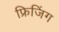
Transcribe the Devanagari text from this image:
फ्रिजिंग